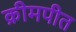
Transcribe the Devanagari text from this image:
क्रीमपीत